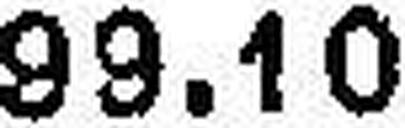
99.10